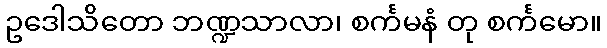
ဥဒေါသိတော ဘဏ္ဍသာလာ၊ စင်္ကမနံ တု စင်္ကမော။